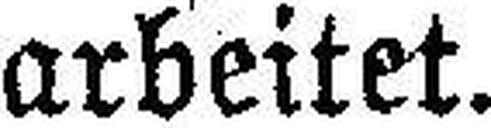
arbeitet.